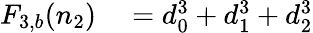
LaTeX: \begin{array}{rl}{F_{3,b}(n_{2})}&{{}=d_{0}^{3}+d_{1}^{3}+d_{2}^{3}}\end{array}